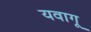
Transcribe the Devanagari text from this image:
यवागू